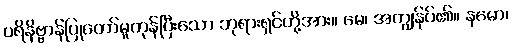
ပရိနိဗ္ဗာန်ပြုတော်မူကုန်ပြီးသော ဘုရားရှင်တို့အား။ မေ၊ အကျွန်ုပ်၏။ နမော၊